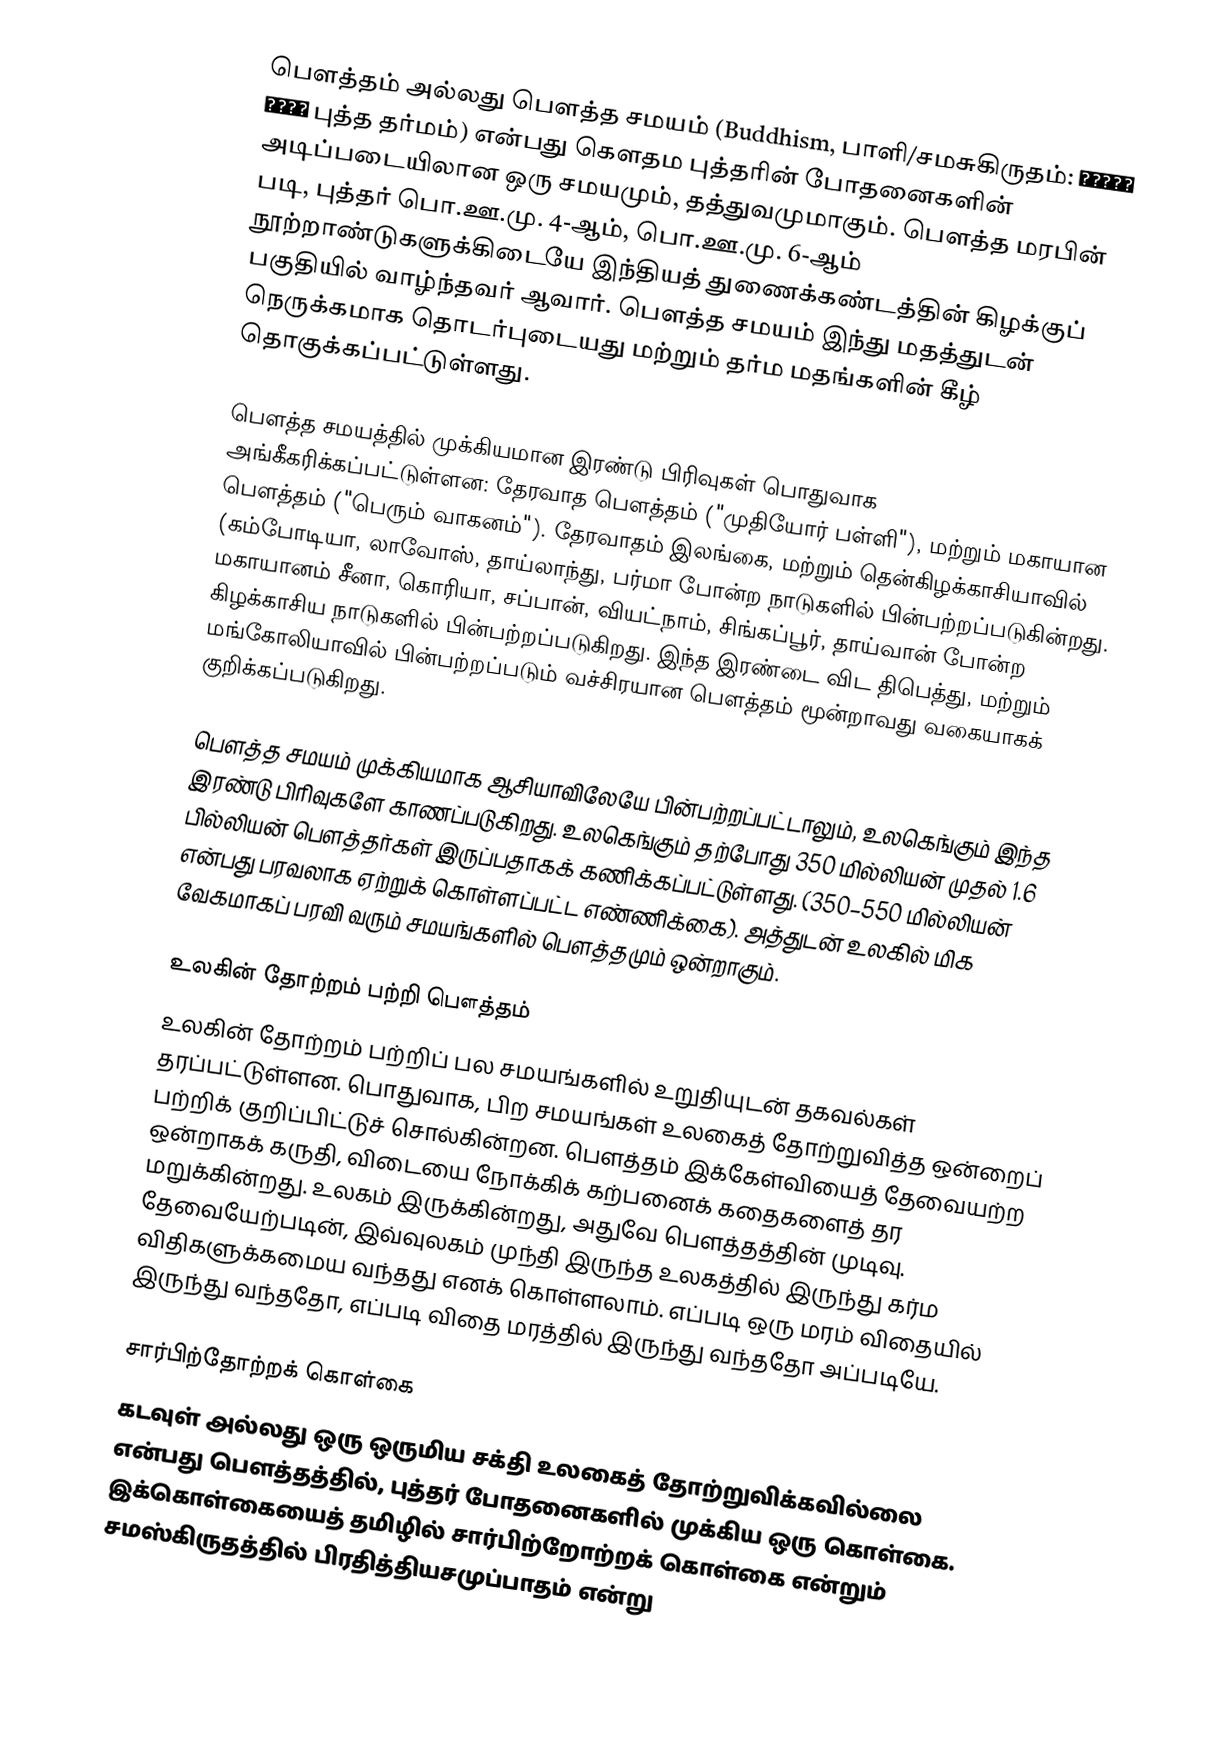
பௌத்தம் அல்லது பௌத்த சமயம் (Buddhism, பாளி/சமசுகிருதம்: बौद्ध धर्म புத்த தர்மம்) என்பது கௌதம புத்தரின் போதனைகளின் அடிப்படையிலான ஒரு சமயமும், தத்துவமுமாகும். பௌத்த மரபின் படி, புத்தர் பொ.ஊ.மு. 4-ஆம், பொ.ஊ.மு. 6-ஆம் நூற்றாண்டுகளுக்கிடையே இந்தியத் துணைக்கண்டத்தின் கிழக்குப் பகுதியில் வாழ்ந்தவர் ஆவார். பௌத்த சமயம் இந்து மதத்துடன் நெருக்கமாக தொடர்புடையது மற்றும் தர்ம மதங்களின் கீழ் தொகுக்கப்பட்டுள்ளது.

பௌத்த சமயத்தில் முக்கியமான இரண்டு பிரிவுகள் பொதுவாக அங்கீகரிக்கப்பட்டுள்ளன: தேரவாத பௌத்தம் ("முதியோர் பள்ளி"), மற்றும் மகாயான பௌத்தம் ("பெரும் வாகனம்"). தேரவாதம் இலங்கை, மற்றும் தென்கிழக்காசியாவில் (கம்போடியா, லாவோஸ், தாய்லாந்து, பர்மா போன்ற நாடுகளில் பின்பற்றப்படுகின்றது. மகாயானம் சீனா, கொரியா, சப்பான், வியட்நாம், சிங்கப்பூர், தாய்வான் போன்ற கிழக்காசிய நாடுகளில் பின்பற்றப்படுகிறது. இந்த இரண்டை விட திபெத்து, மற்றும் மங்கோலியாவில் பின்பற்றப்படும் வச்சிரயான பௌத்தம் மூன்றாவது வகையாகக் குறிக்கப்படுகிறது.

பௌத்த சமயம் முக்கியமாக ஆசியாவிலேயே பின்பற்றப்பட்டாலும், உலகெங்கும் இந்த இரண்டு பிரிவுகளே காணப்படுகிறது. உலகெங்கும் தற்போது 350 மில்லியன் முதல் 1.6 பில்லியன் பௌத்தர்கள் இருப்பதாகக் கணிக்கப்பட்டுள்ளது. (350–550 மில்லியன் என்பது பரவலாக ஏற்றுக் கொள்ளப்பட்ட எண்ணிக்கை). அத்துடன் உலகில் மிக வேகமாகப் பரவி வரும் சமயங்களில் பௌத்தமும் ஒன்றாகும்.

உலகின் தோற்றம் பற்றி பௌத்தம்
உலகின் தோற்றம் பற்றிப் பல சமயங்களில் உறுதியுடன் தகவல்கள் தரப்பட்டுள்ளன. பொதுவாக, பிற சமயங்கள் உலகைத் தோற்றுவித்த ஒன்றைப் பற்றிக் குறிப்பிட்டுச் சொல்கின்றன. பௌத்தம் இக்கேள்வியைத் தேவையற்ற ஒன்றாகக் கருதி, விடையை நோக்கிக் கற்பனைக் கதைகளைத் தர மறுக்கின்றது. உலகம் இருக்கின்றது, அதுவே பெளத்தத்தின் முடிவு. தேவையேற்படின், இவ்வுலகம் முந்தி இருந்த உலகத்தில் இருந்து கர்ம விதிகளுக்கமைய வந்தது எனக் கொள்ளலாம். எப்படி ஒரு மரம் விதையில் இருந்து வந்ததோ, எப்படி விதை மரத்தில் இருந்து வந்ததோ அப்படியே.

சார்பிற்தோற்றக் கொள்கை
கடவுள் அல்லது ஒரு ஒருமிய சக்தி உலகைத் தோற்றுவிக்கவில்லை என்பது பெளத்தத்தில், புத்தர் போதனைகளில் முக்கிய ஒரு கொள்கை. இக்கொள்கையைத் தமிழில் சார்பிற்றோற்றக் கொள்கை என்றும் சமஸ்கிருதத்தில் பிரதித்தியசமுப்பாதம் என்று